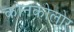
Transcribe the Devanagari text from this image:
कोनकोलोर